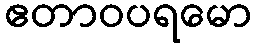
ဧတာဝပရမော